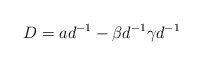
\begin{align*}D = a d^{-1} - \beta d^{-1} \gamma d^{-1}\end{align*}